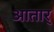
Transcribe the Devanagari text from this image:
आतार्